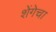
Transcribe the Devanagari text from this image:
शेंगेचा